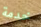
خدمة